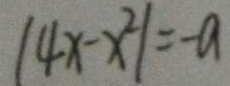
( 4 x - x ^ { 2 } ) = - a